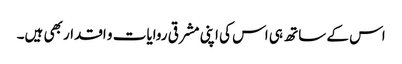
اس کے ساتھ ہی اس کی اپنی مشرقی روایات و اقدار بھی ہیں۔